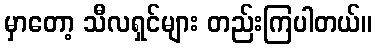
မှာတော့ သီလရှင်များ တည်းကြပါတယ်။